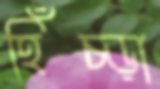
হিঁচ্‌ড়া